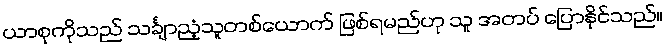
ယာစုကိုသည် သင်္ချာညံ့သူတစ်ယောက် ဖြစ်ရမည်ဟု သူ အတပ် ပြောနိုင်သည်။